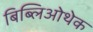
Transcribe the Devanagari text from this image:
बिब्लिओथेक